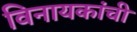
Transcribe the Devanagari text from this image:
विनायकांची